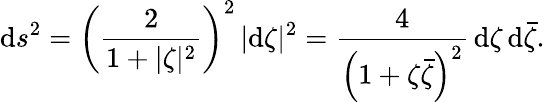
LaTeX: \mathrm{d}s^{2}=\left({\frac{{2}}{{1+|\zeta|^{2}}}}\right)^{2}\, |\mathrm{d}\zeta|^{2}={\frac{{4}}{{\left(1+\zeta{\bar{{\zeta}}}\right)^{2}}}}\, \mathrm{d}\zeta\, \mathrm{d}{\bar{{\zeta}}}.